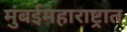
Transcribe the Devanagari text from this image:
मुंबईमहाराष्ट्रात